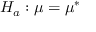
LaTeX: H _ { a } : \mu = \mu ^ { * }